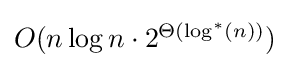
{\textstyle O(n\log n\cdot {2}^{\Theta (\log ^{*}(n))})}